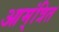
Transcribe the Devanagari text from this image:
आम्ंत्रित